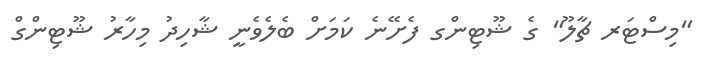
"މިސްޓަރ ޗާލޫ" ގެ ޝޫޓިންގ ފެށޭނެ ކަމަށް ބެލެވެނީ ޝާހިދު މިހާރު ޝޫޓިންގް